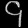
Digit: ၄